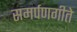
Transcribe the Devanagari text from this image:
समर्पणगीते